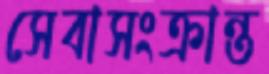
সেবাসংক্রান্ত